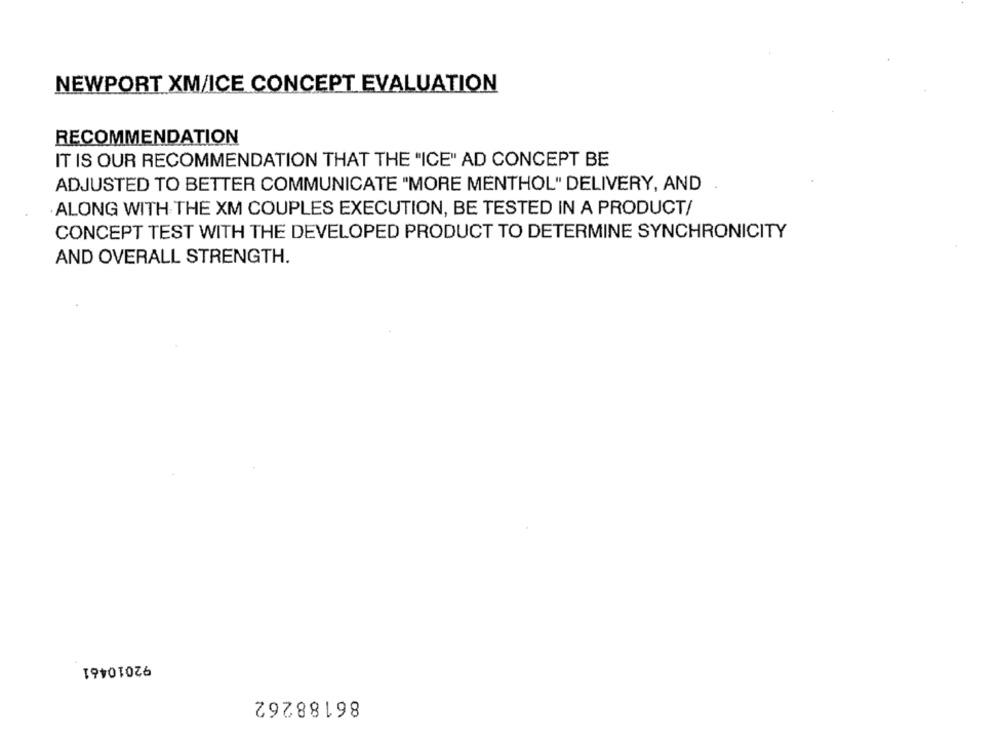
NEWPORT XM/ICE CONCEPT EVALUATION
RECOMMENDATION
IT IS OUR RECOMMENDATION THAT THE "ICE" AD CONCEPT BE
ADJUSTED TO BETTER COMMUNICATE "MORE MENTHOL" DELIVERY, AND
ALONG WITH THE XM COUPLES EXECUTION, BE TESTED IN A PRODUCT/
CONCEPT TEST WITH THE DEVELOPED PRODUCT TO DETERMINE SYNCHRONICITY
AND OVERALL STRENGTH.
92010461
86188262